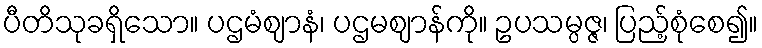
ပီတိသုခရှိသော။ ပဌမံဈာနံ၊ ပဌမဈာန်ကို။ ဥပသမ္ပဇ္ဇ၊ ပြည့်စုံစေ၍။